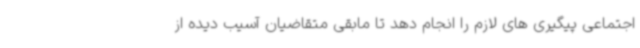
اجتماعی پیگیری های لازم را انجام دهد تا مابقی متقاضیان آسیب دیده از